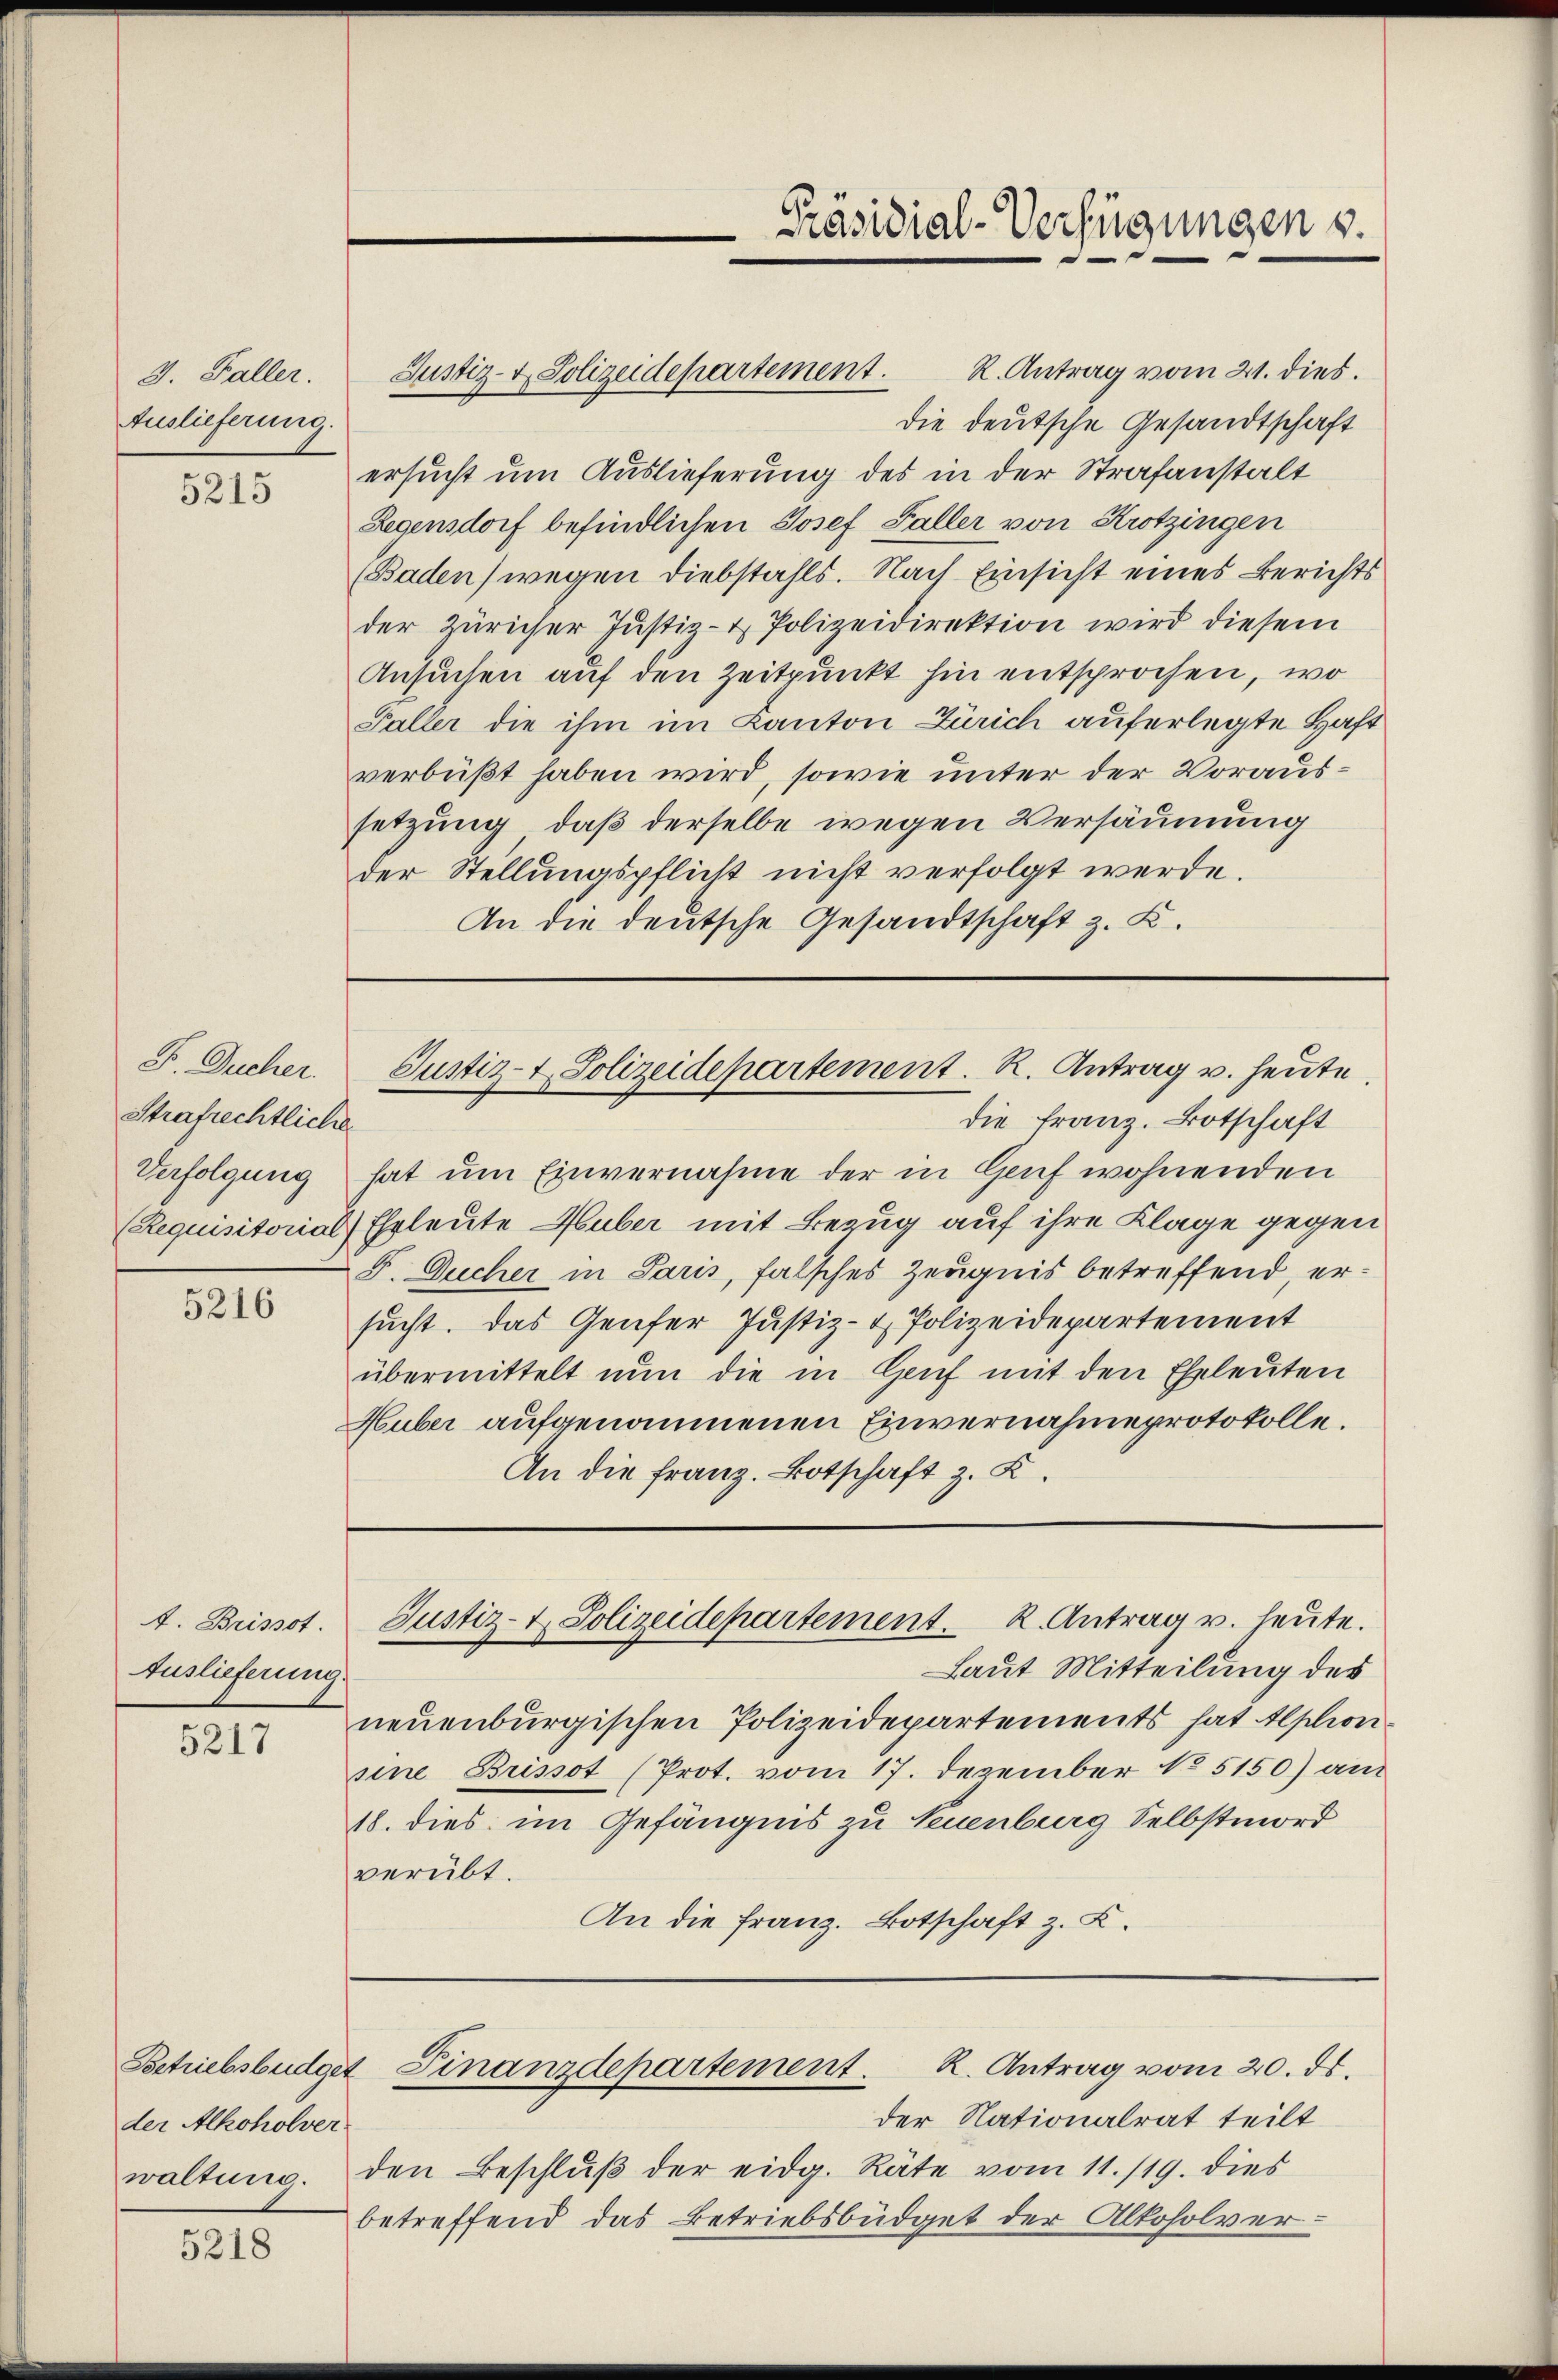
2. Faller.
Auslieferung.

5215

F. Ducher.
Strafrechtliche
Verfolgung

5216

t. Brissot.
Auslieferung.

5217

Sostriebsbüdget
der Alkoholver
waltung.

5218

R. Antrag vom 21. dies.
Justiz- & Polizeidepartement.
die deutsche Gesandtschaft
ersucht um Auslieferung des in der Strafanstalt
Legensdorf befindlichen Josef Faller von Krotzingen
(Baden) wegen Diebstahls. Nach Einsicht eines Berichts
der Züricher Justiz- & Polizeidirektion wird diesem
Ansuchen auf den Zeitpunkt hin entsprochen, wo
Faller die ihm im Kanton Zürich auferlegte Haft
verbüßt haben wird, sowie unter der Voraussetzung, daß derselbe wegen Versäumung
der Stellungspflicht nicht verfolgt werde.
An die deutsche Gesandtschaft z. K.

Präsidial-Verfügungen s.

Justiz- & Polizeidepartement. R. Antrag v. heute

die Franz. Botschaft
hat um Einvernahme der in Genf wohnenden
(Requisitorial Ehrleute Huber mit Bezug auf ihre Klage gegen
F. Ducher in Paris, falsches Zeugnis betreffend, ersucht. Das Genfer Justiz- & Polizeidepartement
übermittelt nun die in Genf mit den Eheleuten
Huber aufgenommenen Einvernahmeprotokolle.
An die Franz. Botschaft z. K.

Justiz- & Polizeidepartement. K. Antrag u. heute.

der Nationalrat teilt
den Beschlŭβ der eidg. Räte vom 11./19. dies
betreffend das Betriebsbüdget der Alkoholver-

Finanzdepartement. K. Antrag vom 20. ds.

Laut Mitteilung des
neuenburgischen Polizeidepartements hat Alphonsine Brissot (Prot. vom 17. Dezember No 5150) am
18. dies im Gefängnis zu Neuenburg Selbstmord
verübt.
An die Franz. Botschaft z. Z.